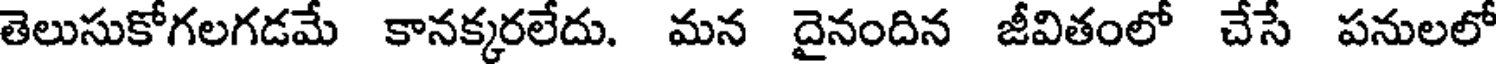
తెలుసుకోగలగడమే కానక్కరలేదు. మన దైనందిన జీవితంలో చేసే పనులలో